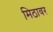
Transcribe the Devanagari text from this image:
मिठावर